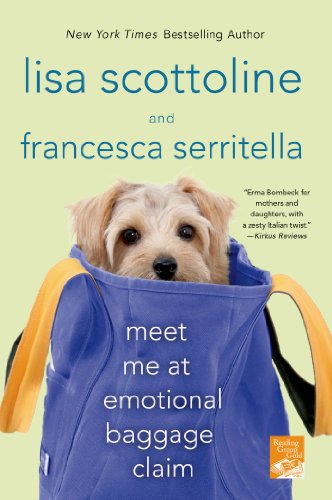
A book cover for Meet Me at Emotional Baggage Claim; Lisa Scottoline; Parenting & Relationships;